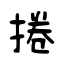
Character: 捲